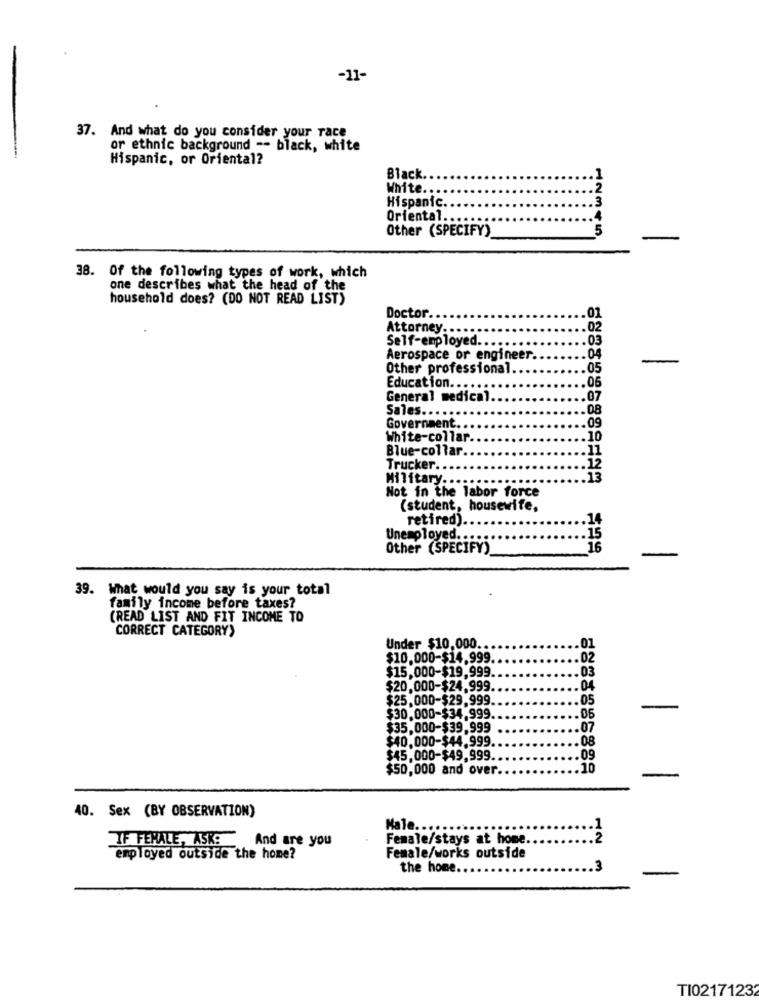
-11-
37. And what do you consider your race
or ethnic background -- black, white
Hispanic, or Oriental?
Black.
White ...
Hispanic
Oriental.
Other (SPECIFY)
12345
38. Of the following types of work, which
one describes what the head of the
household does? (DO NOT READ LIST)
Doctor.
01
Attorney ...
02
Self-employed.
03
Aerospace or engineer.
04
Other professional
05
Education ..
06
General medical
07
Sales ..
08
Government
.09
White-collar
10
Blue-collar.
.. 11
12
Trucker ..
Military.
.13
Not in the labor force
(student, housewife,
retired).
14
Unemployed ...
15
Other (SPECIFY)
16
-
39. What would you say is your total
family income before taxes?
(READ LIST AND FIT INCOME TO
CORRECT CATEGORY
Under $10,000 ..
$10.000-$14.999
.02
$15,000-$19,999.
.03
$20,000-$24.999.
.04
$25.000-$29,999
05
-
$30.000-$34.999.
.06
$35,000-$39,999
.07
$40.000-$44.999
.08
$45.000-$49,999
09
$50,000 and over.
10
-
40. Sex (BY OBSERVATION)
Kale.
Female/stays at home
12
IF FEMALE, ASK! And are you
employed outside the home?
Female/works outside
the home.
TI02171232